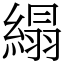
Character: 䌈